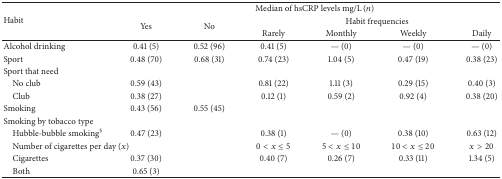
<table><thead><tr><td rowspan="3"><b>Habit</b></td><td colspan="6"><b>Median of hsCRP levels mg/L (<i>n</i>)</b></td></tr><tr><td rowspan="2"><b>Yes</b></td><td rowspan="2"><b>No</b></td><td colspan="4"><b>Habit frequencies</b></td></tr><tr><td><b>Rarely</b></td><td><b>Monthly</b></td><td><b>Weekly</b></td><td><b>Daily</b></td></tr></thead><tbody><tr><td>Alcohol drinking</td><td>0.41 (5)</td><td>0.52 (96)</td><td>0.41 (5)</td><td>— (0)</td><td>— (0)</td><td>— (0)</td></tr><tr><td>Sport</td><td>0.48 (70)</td><td>0.68 (31)</td><td>0.74 (23)</td><td>1.04 (5)</td><td>0.47 (19)</td><td>0.38 (23)</td></tr><tr><td>Sport that need</td><td> </td><td> </td><td> </td><td> </td><td> </td><td> </td></tr><tr><td> No club</td><td>0.59 (43)</td><td> </td><td>0.81 (22)</td><td>1.11 (3)</td><td>0.29 (15)</td><td>0.40 (3)</td></tr><tr><td> Club</td><td>0.38 (27)</td><td> </td><td>0.12 (1)</td><td>0.59 (2)</td><td>0.92 (4)</td><td>0.38 (20)</td></tr><tr><td>Smoking</td><td>0.43 (56)</td><td>0.55 (45)</td><td> </td><td> </td><td> </td><td> </td></tr><tr><td>Smoking by tobacco type</td><td> </td><td> </td><td> </td><td> </td><td> </td><td> </td></tr><tr><td> Hubble-bubble smoking<sup>§</sup></td><td>0.47 (23)</td><td> </td><td>0.38 (1)</td><td>— (0)</td><td>0.38 (10)</td><td>0.63 (12)</td></tr><tr><td colspan="2"> Number of cigarettes per day (<i>x</i>)</td><td> </td><td>0 &lt; <i>x</i> ≤ 5</td><td>5 &lt; <i>x</i> ≤ 10</td><td>10 &lt; <i>x</i> ≤ 20</td><td><i>x</i> &gt; 20</td></tr><tr><td> Cigarettes</td><td>0.37 (30)</td><td> </td><td>0.40 (7)</td><td>0.26 (7)</td><td>0.33 (11)</td><td>1.34 (5)</td></tr><tr><td> Both</td><td>0.65 (3)</td><td> </td><td> </td><td> </td><td> </td><td> </td></tr></tbody></table>